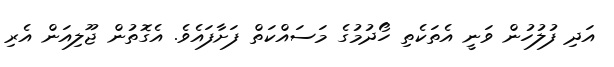
އަދި ފުލުހުން ވަނީ އެތަކެތި ހޯދުމުގެ މަސައްކަތް ފަށާފައެެވެ. އެގޮތުން ޖޫލިއަން އެރި